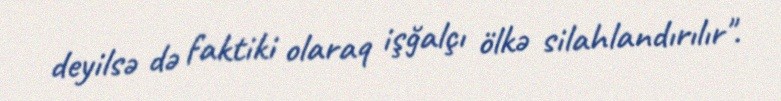
deyilsə də faktiki olaraq işğalçı ölkə silahlandırılır".